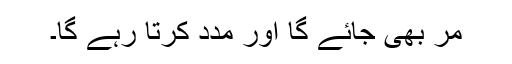
مر بھی جائے گا اور مدد کرتا رہے گا۔